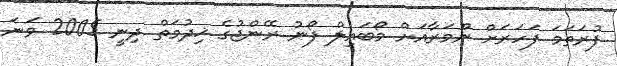
ފުރަތަމަ ފަހަރަށް ނޫމަރާއަށް މޯބައިލް ފޯނު ރޭންޖުގެ ޚިދުމަތް ދިނީ 2005 ވަނަ